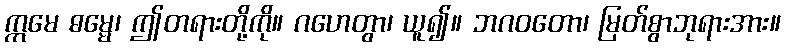
ဣမေ ဓမ္မေ၊ ဤတရားတို့ကို။ ဂဟေတွာ၊ ယူ၍။ ဘဂဝတော၊ မြတ်စွာဘုရားအား။